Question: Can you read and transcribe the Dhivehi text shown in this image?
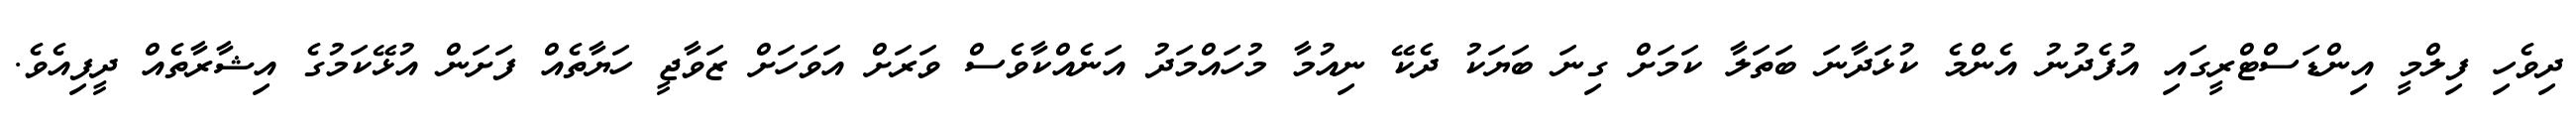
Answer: ދިވެހި ފިލްމީ އިންޑަސްޓްރީގައި އުފެދުނު އެންމެ ކުޅަދާނަ ބަތަލާ ކަމަށް ގިނަ ބަޔަކު ދެކޭ ނިއުމާ މުހައްމަދު އަނެއްކާވެސް ވަރަށް އަވަހަށް ޒަވާޖީ ހަޔާތެއް ފަށަން އުޅޭކަމުގެ އިޝާރާތެއް ދީފިއެވެ.